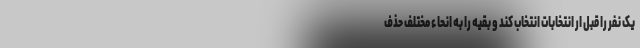
یک نفر را قبل ار انتخابات انتخاب کند و بقیه را به انحاء مختلف حذف